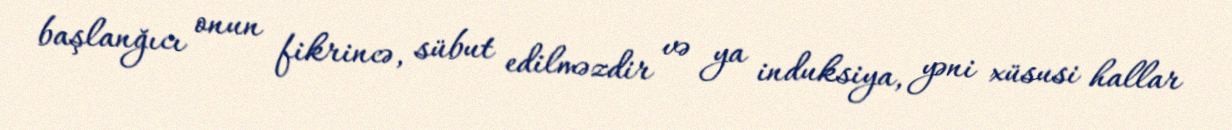
başlanğıcı onun fikrincə, sübut edilməzdir və ya induksiya, yəni xüsusi hallar